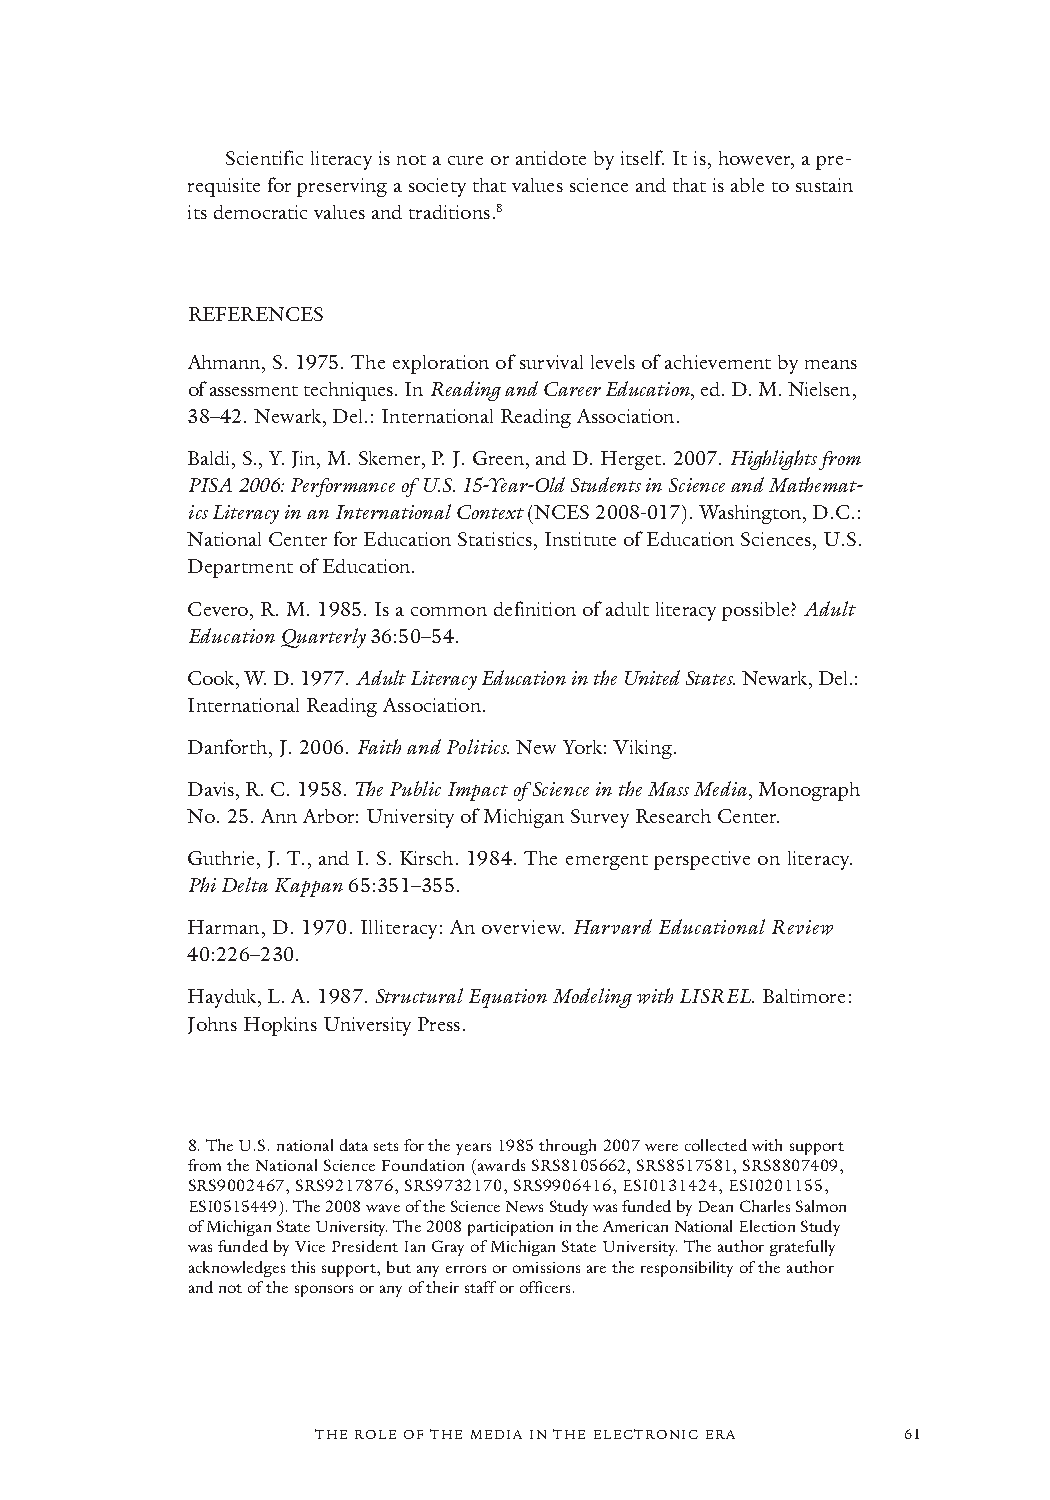
Scientific literacy is not a cure or antidote by itself. It is, however, a pre-
 requisite for preserving a society that values science and that is able to sustain
 its democratic values and traditions.8
 REFERENCES
 Ahmann, S. 1975. The exploration of survival levels of achievement by means
 of assessment techniques.InReading and Career Education, ed. D. M. Nielsen,
 38–42. Newark, Del.: International Reading Association.
 Baldi, S., Y. Jin, M. Skemer, P. J. Green, and D. Herget. 2007. Highlights from
 PISA 2006: Performance of U.S. 15-Year-Old Students in Science and Mathemat-
 ics Literacy in an International Context (NCES 2008-017). Washington, D.C.:
 National Center for Education Statistics, Institute of Education Sciences, U.S.
 Department of Education.
 Cevero, R. M. 1985. Is a common definition of adult literacy possible? Adult
 Education Quarterly 36:50–54.
 Cook, W. D. 1977. Adult Literacy Education in the United States. Newark, Del.:
 International Reading Association.
 Danforth, J. 2006. Faith and Politics. New York: Viking.
 Davis, R. C. 1958. The Public Impact of Science in the Mass Media, Mono graph
 No. 25. Ann Arbor: University of Mi chigan Survey Research Center.
 Guthrie, J. T., and I. S. Kirsch. 1984. The emergent perspective on literacy.
 Phi Delta Kappan 65:351–355.
 Harman, D. 1970. Illiteracy: An overview. Harvard Educational Review
 40:226–230.
 Hayduk, L. A. 1987. Structural Equation Modeling with LISREL. Baltimore:
 Johns Hopkins University Press.
 8. The U.S. national data sets for the years 1985 through 2007 were collected with support
 from the National Science Foundation (awards SRS8105662, SRS8517581, SRS8807409,
 SRS9002467, SRS9217876, SRS9732170, SRS9906416, ESI0131424, ESI0201155,
 ESI0515449). The 2008 wave of the Science News Study was funded by Dean Charles Salmon
 of Michigan State University. The 2008 participation in the American National Election Study
 was funded by Vice President Ian Gray of Michigan State University. The author gratefully
 acknowledges this support, but any errors or omissions are the responsibility of the author
 and not of the sponsors or any of their staff or officers.
 THE ROLE OF THE MEDIA IN THE ELECTRONIC ERA 61